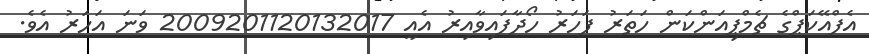
އެފްއޭކަޕްގެ ޗެމްޕިއަންކަން ހަތަރު ފަހަރު ހޯދާފައިވާއިރު އެއީ 2009201120132017 ވަނަ އަހަރު އެވެ.